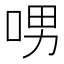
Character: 𠲸